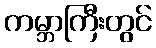
ကမ္ဘာကြီးတွင်